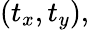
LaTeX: (t_{x},t_{y}),